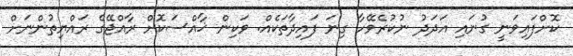
ކޮށްފައިވަނީ ގުނައި އަދަދު ނުކުރެވޭހާ ގިނަ ފައިދާތަކެއް. ވަކިން ޚާއްސަކޮށް ރާއްޖޭގެ ރައްޔިތުންނަށް